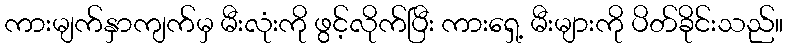
ကားမျက်နှာကျက်မှ မီးလုံးကို ဖွင့်လိုက်ပြီး ကားရှေ့ မီးများကို ပိတ်ခိုင်းသည်။